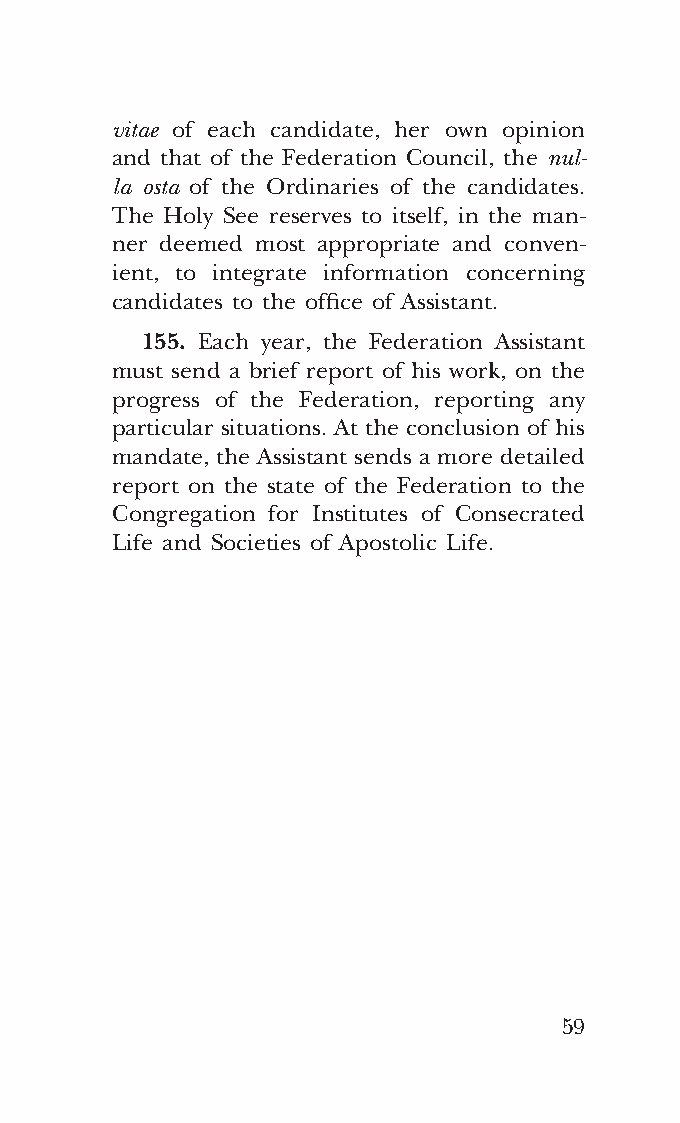
COR ORANS – NUOVO FORMATO – INGLESE 2ª BOZZA – 24 maggio 2018 – 11:12
 vitae of each candidate, her own opinion
 and that of the Federation Council, the nul-
 la osta of the Ordinaries of the candidates.
 The Holy See reserves to itself, in the man-
 ner deemed most appropriate and conven-
 ient, to integrate information concerning
 candidates to the office of Assistant.
 155. Each year, the Federation Assistant
 must send a brief report of his work, on the
 progress of the Federation, reporting any
 particular situations. At the conclusion of his
 mandate, the Assistant sends a more detailed
 report on the state of the Federation to the
 Congregation for Institutes of Consecrated
 Life and Societies of Apostolic Life.
 59